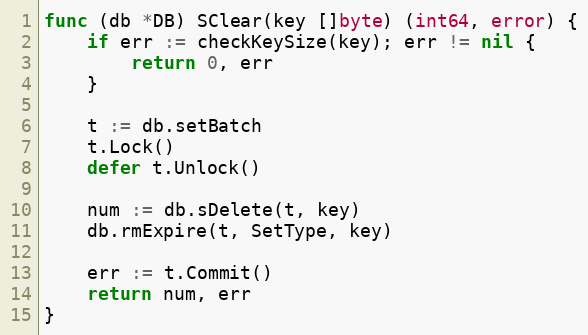
Language: Go
func (db *DB) SClear(key []byte) (int64, error) {
	if err := checkKeySize(key); err != nil {
		return 0, err
	}

	t := db.setBatch
	t.Lock()
	defer t.Unlock()

	num := db.sDelete(t, key)
	db.rmExpire(t, SetType, key)

	err := t.Commit()
	return num, err
}